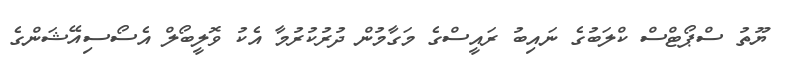
ޔޫތު ސްޕޯޓްސް ކްލަބުގެ ނައިބު ރައީސްގެ މަގާމުން ދުރުކުރުމާ އެކު ވޮލީބޯލް އެސޯސިއޭޝަންގެ